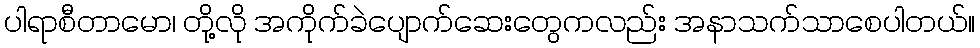
ပါရာစီတာမော၊ တို့လို အကိုက်ခဲပျောက်ဆေးတွေကလည်း အနာသက်သာစေပါတယ်။